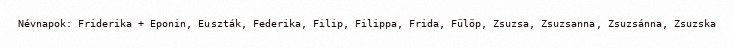
Névnapok: Friderika + Eponin, Euszták, Federika, Filip, Filippa, Frida, Fülöp, Zsuzsa, Zsuzsanna, Zsuzsánna, Zsuzska